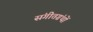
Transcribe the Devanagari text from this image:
संगीतग्रंथों